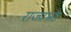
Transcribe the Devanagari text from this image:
राज्यभ्रष्ट